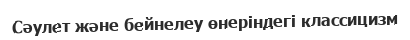
Сәулет және бейнелеу өнеріндегі классицизм